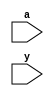
module sl2(a, y);
parameter WIDTH = 32;

input[WIDTH-1:0] a, y;
assign y = {a[WIDTH-3:0], 2'b00};

endmodule